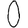
Digit: 0